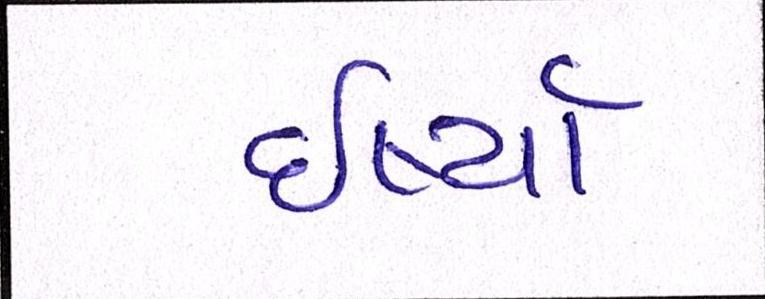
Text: ઈર્ષ્યા